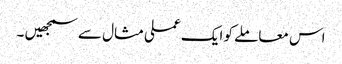
اس معاملے کو ایک عملی مثال سے سمجھیں ۔